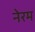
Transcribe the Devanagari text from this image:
नेरम